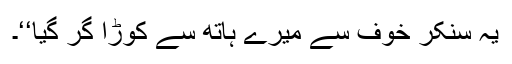
یہ سنکر خوف سے میرے ہاتھ سے کوڑا گر گیا‘‘۔